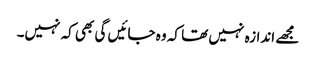
مجھے اندازہ نہیں تھا کہ وہ جائیں گی بھی کہ نہیں۔